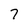
Character: 7